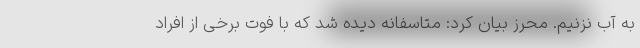
به آب نزنیم. محرز بیان کرد: متاسفانه دیده شد که با فوت برخی از افراد